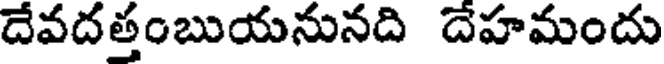
దేవదత్తంబుయనునది దేహమందు